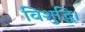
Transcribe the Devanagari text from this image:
विशुद्धि।